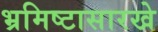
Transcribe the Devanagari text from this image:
भ्रमिष्टासारखे